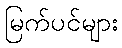
မြက်ပင်များ